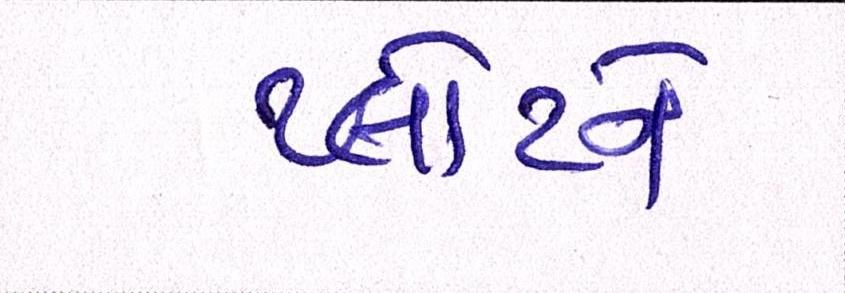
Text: પ્લોટને